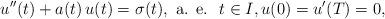
LaTeX: \begin{align*}u^{\prime\prime}(t)+a(t)\,u(t)=\sigma(t),\mbox{ a. e. }\;t\in I,u(0)=u'(T)=0,\end{align*}